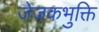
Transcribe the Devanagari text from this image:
जेजकभुक्ति